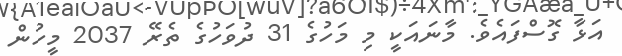
އަޅާ ގޮސްފައެވެ. މާނައަކީ މި މަހުގެ 31 ދުވަހުގެ ތެރޭ 2037 މީހުން